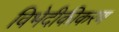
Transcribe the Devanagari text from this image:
विभेदीकीकरण